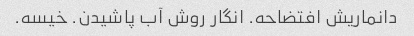
دانماریش افتضاحه. انگار روش آب پاشیدن. خیسه.